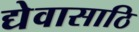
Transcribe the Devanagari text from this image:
द्येवासाठि